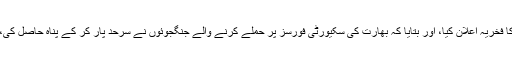
چند ہی روز بعد ایک بھارتی وزیر نے میانمار کے اندر گھس کر کارروائی کرنے کا فخریہ اعلان کیا، اور بتایا کہ بھارت کی سکیورٹی فورسز پر حملے کرنے والے جنگجوئوں نے سرحد پار کر کے پناہ حاصل کی، تو ان کا تعاقب کیا گیا، اور انہیں ہمسایہ مُلک کے اندر گھس کر تہہ تیغ کر ڈالا گیا۔